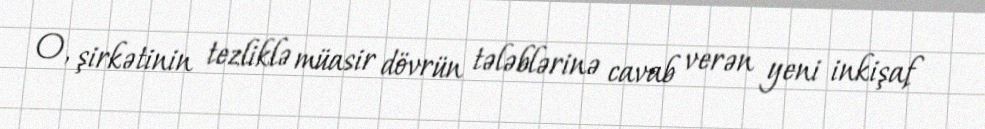
O, şirkətinin tezliklə müasir dövrün tələblərinə cavab verən yeni inkişaf